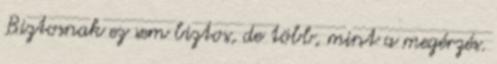
Biztosnak ez sem biztos, de több, mint a megérzés.